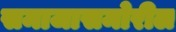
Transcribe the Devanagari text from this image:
समाजासमोरील